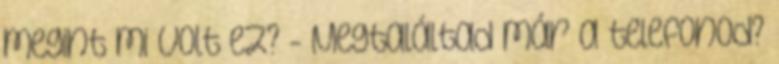
megint mi volt ez? - Megtaláltad már a telefonod?